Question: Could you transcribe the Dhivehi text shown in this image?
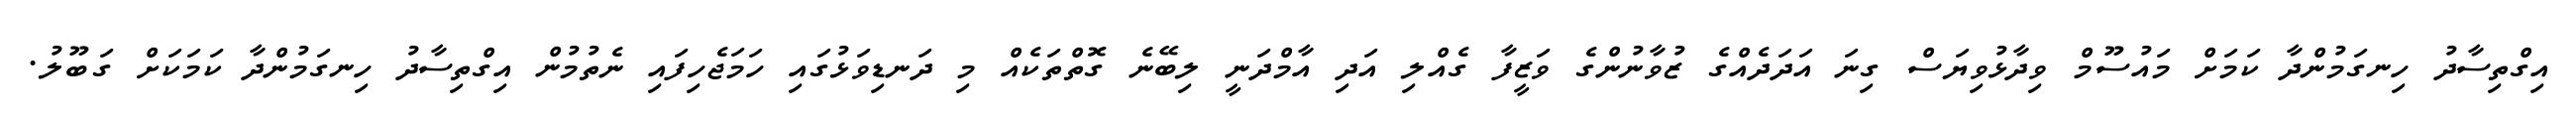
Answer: އިގްތިސާދު ހިނގަމުންދާ ކަމަށް މައުސޫމް ވިދާޅުވިޔަސް ގިނަ އަދަދެއްގެ ޒުވާނުންގެ ވަޒީފާ ގެއްލި އަދި އާމްދަނީ ލިބޭނެ ގޮތްތަކެއް މި ދަނޑިވަޅުގައި ހަމަޖެހިފައި ނެތުމުން އިގްތިސާދު ހިނގަމުންދާ ކަމަކަށް ގަބޫލު.